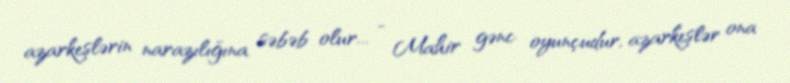
azarkeşlərin narazılığına səbəb olur... - Mahir gənc oyunçudur, azarkeşlər ona